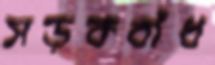
সড়কবাঁধ